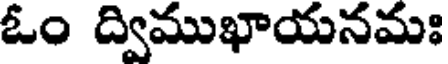
ఓం ద్విముఖాయనమః